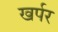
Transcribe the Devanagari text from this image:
खर्पर